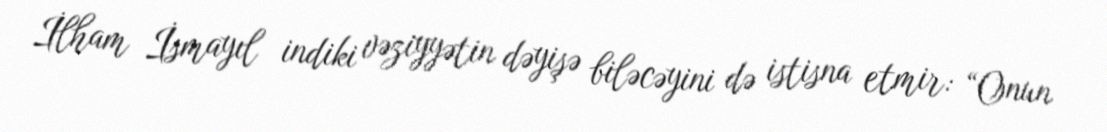
İlham İsmayıl indiki vəziyyətin dəyişə biləcəyini də istisna etmir: “Onun